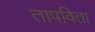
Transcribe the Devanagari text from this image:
तापविता